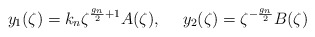
\begin{align*}y_1(\zeta) = k_n \zeta^{\frac{g_n}{2}+1} A(\zeta),~~~~y_2(\zeta)=\zeta^{-\frac{g_n}{2}} B(\zeta)\end{align*}